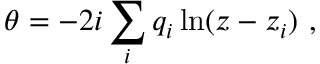
\theta = - 2 i \sum _ { i } q _ { i } \ln ( z - z _ { i } ) \ ,